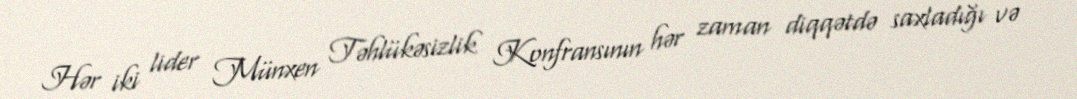
Hər iki lider Münxen Təhlükəsizlik Konfransının hər zaman diqqətdə saxladığı və